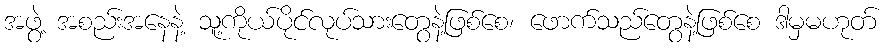
အဖွဲ့ အစည်းအနေနဲ့ သူ့ကိုယ်ပိုင်လုပ်သားတွေနဲ့ဖြစ်စေ၊ ဖောက်သည်တွေနဲ့ဖြစ်စေ ဒါမှမဟုတ်